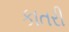
કાતરી